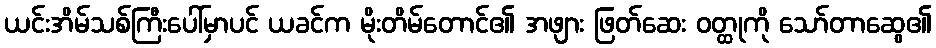
ယင်းအိမ်သစ်ကြီးပေါ်မှာပင် ယခင်က မိုးတိမ်တောင်၏ အဖျား ဖြတ်ဆေး ဝတ္ထုကို သော်တာဆွေ၏